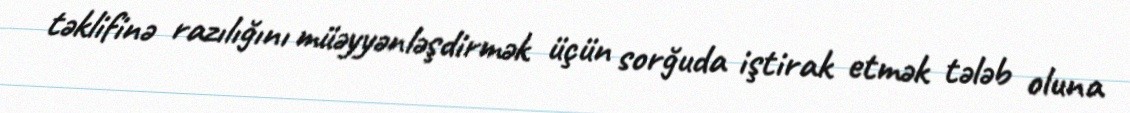
təklifinə razılığını müəyyənləşdirmək üçün sorğuda iştirak etmək tələb oluna